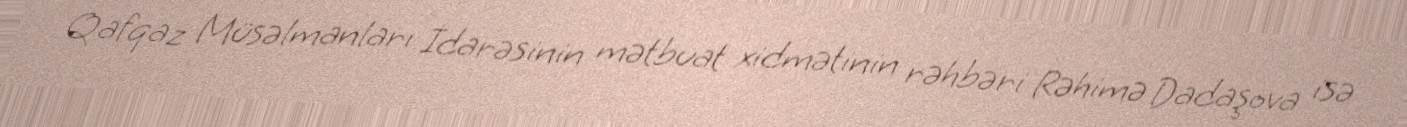
Qafqaz Müsəlmanları İdarəsinin mətbuat xidmətinin rəhbəri Rəhimə Dadaşova isə